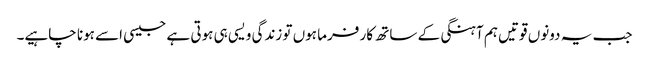
جب یہ دونوں قوتیں ہم آہنگی کے ساتھ کار فرما ہوں تو زندگی ویسی ہی ہوتی ہے جیسی اسے ہونا چاہیے۔